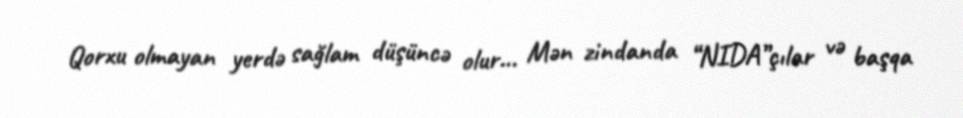
Qorxu olmayan yerdə sağlam düşüncə olur... Mən zindanda “NIDA”çılar və başqa